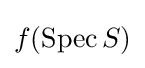
f(\operatorname {Spec} S)